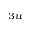
_ { 3 u }